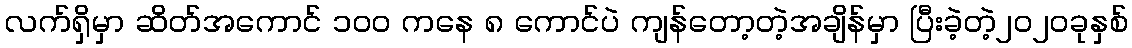
လက်ရှိမှာ ဆိတ်အကောင် ၁၀၀ ကနေ ၈ ကောင်ပဲ ကျန်တော့တဲ့အချိန်မှာ ပြီးခဲ့တဲ့၂၀၂၀ခုနှစ်